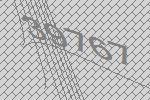
39767